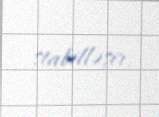
stabilləşir.